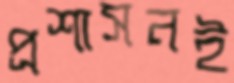
প্রশাসনই